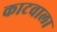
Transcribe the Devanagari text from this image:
काटवाला